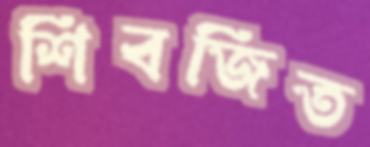
শিবজিত